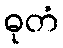
ဓုတံ